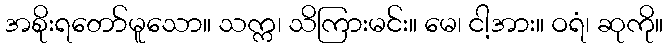
အစိုးရတော်မူသော။ သက္က၊ သိကြားမင်း။ မေ၊ ငါ့အား။ ဝရံ၊ ဆုကို။